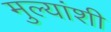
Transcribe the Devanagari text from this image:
मुल्यांशी